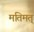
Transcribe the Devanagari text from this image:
मतिमत्‌